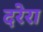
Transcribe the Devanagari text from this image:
दरेरा